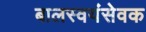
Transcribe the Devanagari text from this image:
बालस्वयंसेवक